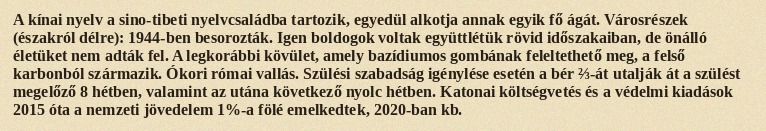
A kínai nyelv a sino-tibeti nyelvcsaládba tartozik, egyedül alkotja annak egyik fő ágát. Városrészek (északról délre): 1944-ben besorozták. Igen boldogok voltak együttlétük rövid időszakaiban, de önálló életüket nem adták fel. A legkorábbi kövület, amely bazídiumos gombának feleltethető meg, a felső karbonból származik. Ókori római vallás. Szülési szabadság igénylése esetén a bér ⅔-át utalják át a szülést megelőző 8 hétben, valamint az utána következő nyolc hétben. Katonai költségvetés és a védelmi kiadások 2015 óta a nemzeti jövedelem 1%-a fölé emelkedtek, 2020-ban kb.